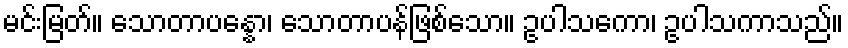
မင်းမြတ်။ သောတာပန္နော၊ သောတာပန်ဖြစ်သော။ ဥပါသကော၊ ဥပါသကာသည်။